Annual report on the mental hospital in the Central Provinces and Berar (Nagpur) - 1927-1951
Year: 1927
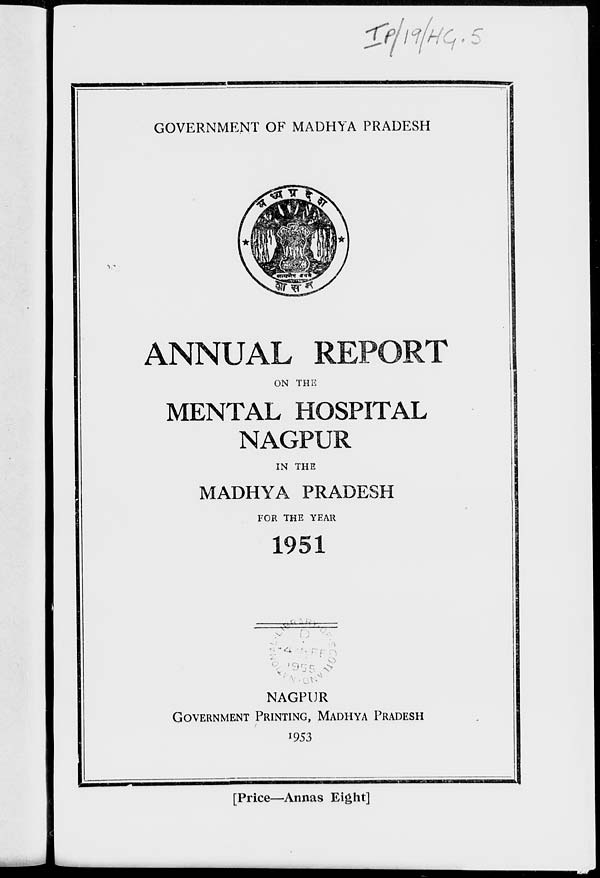
Ze/itfHq*
GOVERNMENT OF MADHYA PRADESH
ANNUAL REPORT
ON THE
MENTAL HOSPITAL
NAGPUR
IN THE
MADHYA PRADESH
FOR THE YEAR
1951
-AJ
iju
^
;
."V
0
:.:"^ "■ ■ f .
NAGPUR
GOVERNMENT PRINTING, MADHYA PRADESH
>
1953
[Price—Annas Eight]